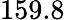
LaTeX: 159.8